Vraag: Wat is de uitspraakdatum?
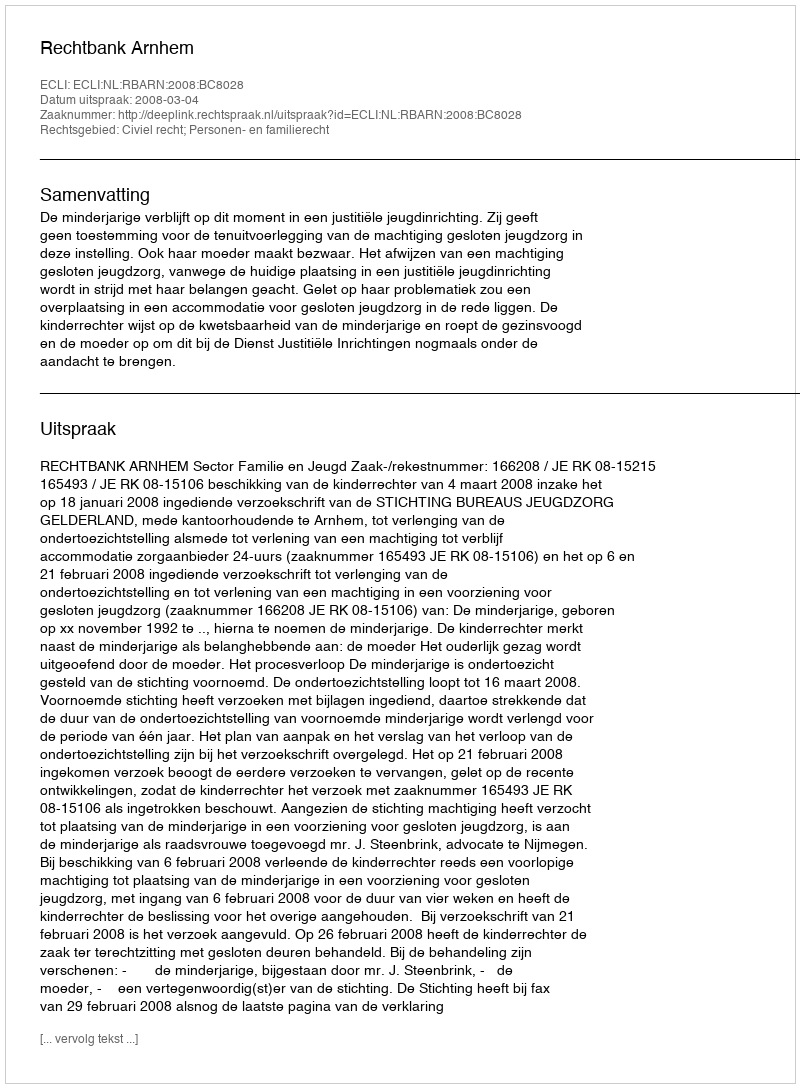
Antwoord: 2008-03-04